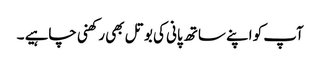
آپ کو اپنے ساتھ پانی کی بوتل بھی رکھنی چاہیے ۔